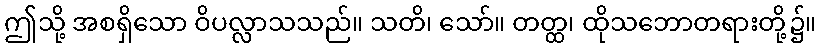
ဤသို့ အစရှိသော ဝိပလ္လာသသည်။ သတိ၊ သော်။ တတ္ထ၊ ထိုသဘောတရားတို့၌။